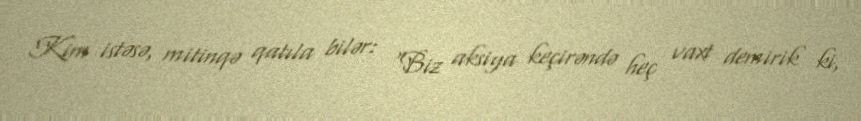
Kim istəsə, mitinqə qatıla bilər: “Biz aksiya keçirəndə heç vaxt demirik ki,